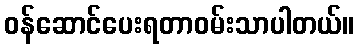
ဝန်ဆောင်ပေးရတာဝမ်းသာပါတယ်။